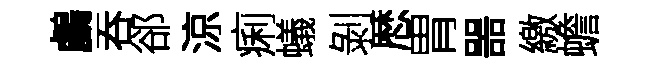
鸕吞郤涼痢蟻剝厯胃噐繳蟾